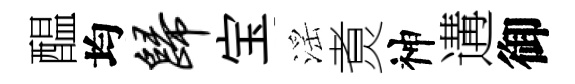
醖均归宝滛煑神遘御